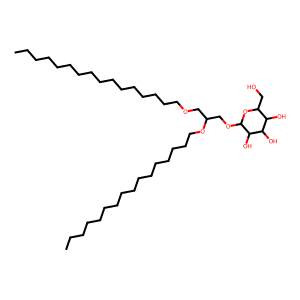
SMILES: CCCCCCCCCCCCCCCCOCC(COC1OC(CO)C(O)C(O)C1O)OCCCCCCCCCCCCCCCC
Inhibits HIV replication: No